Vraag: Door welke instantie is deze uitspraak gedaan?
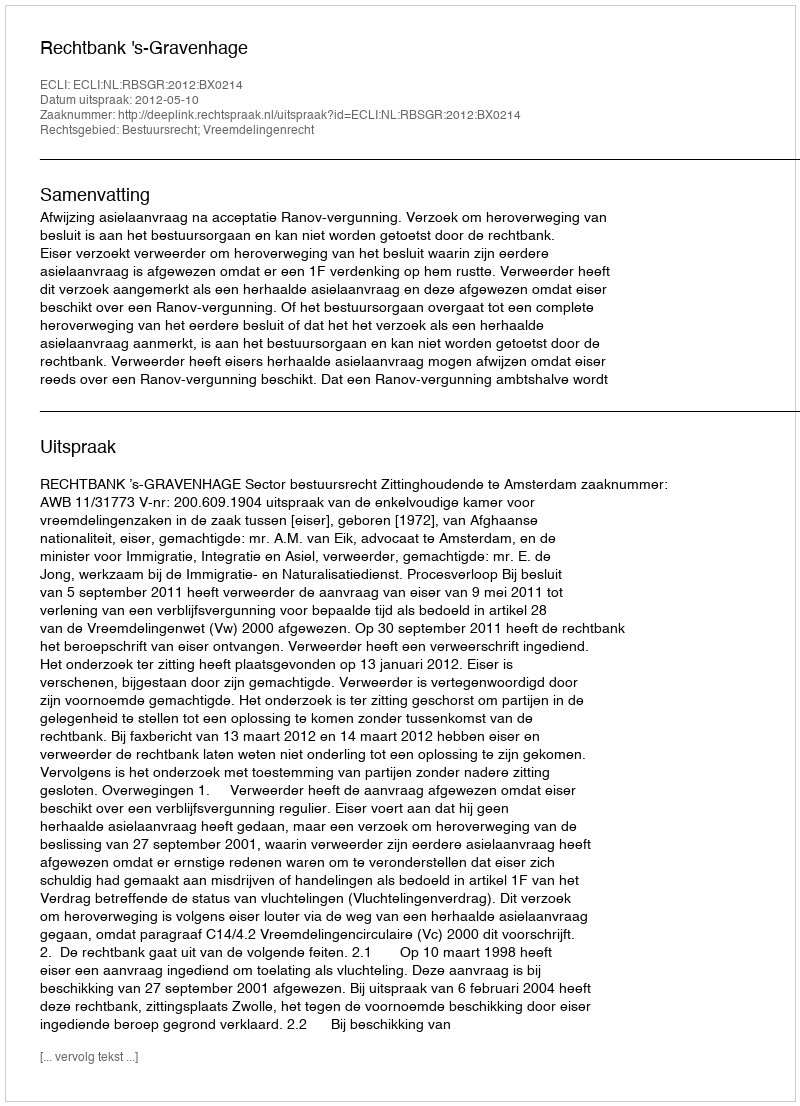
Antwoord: Rechtbank 's-Gravenhage